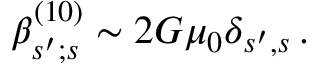
\beta _ { s ^ { \prime } ; s } ^ { ( 1 0 ) } \sim 2 G \mu _ { 0 } \delta _ { s ^ { \prime } , s } \, .